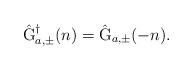
LaTeX: \begin{align*}\hat{\rm G}_{a,\pm}^{\dagger}(n) = \hat{\rm G}_{a,\pm}(-n).\end{align*}